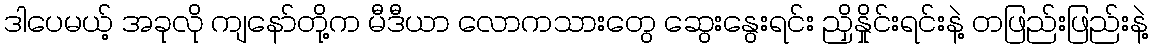
ဒါပေမယ့် အခုလို ကျနော်တို့က မီဒီယာ လောကသားတွေ ဆွေးနွေးရင်း ညှိနှိုင်းရင်းနဲ့ တဖြည်းဖြည်းနဲ့